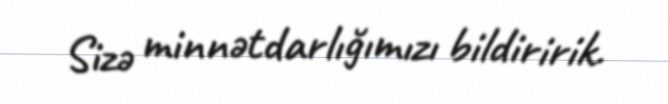
Sizə minnətdarlığımızı bildiririk.